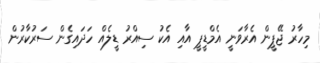
މިހާރު ޖޭޕީން އެރާވަނީ އެމްޑީޕީ އާއި އެކު ސިއްރު ޑީލެއް ހަދައިގެން ސަރުކާރުން